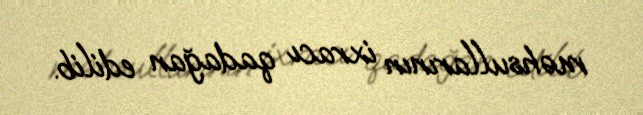
məhsullarının ixracı qadağan edilib.